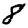
Digit: 8